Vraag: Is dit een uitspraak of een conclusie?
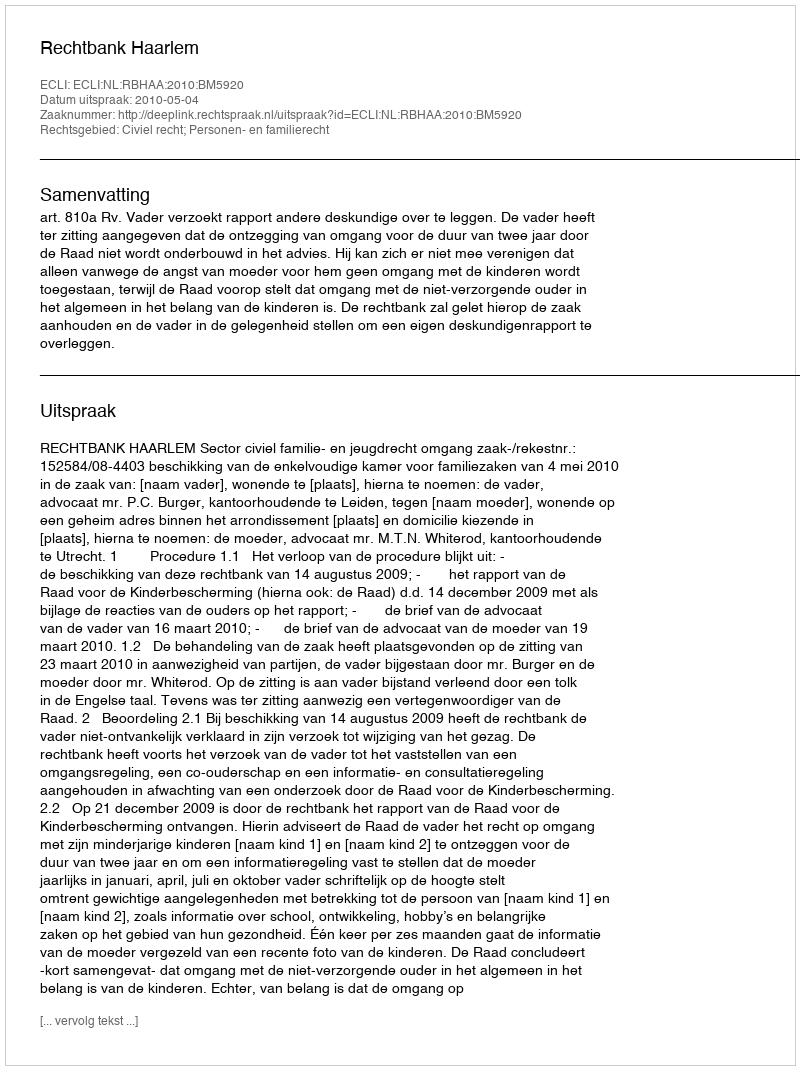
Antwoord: Uitspraak